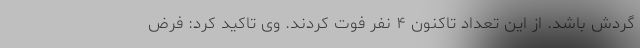
گردش باشد. از این تعداد تاکنون ۴ نفر فوت کردند. وی تاکید کرد: فرض